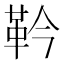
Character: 靲